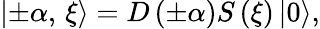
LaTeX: \left|\pm\alpha,\, \xi\right\rangle=D\left(\pm\alpha\right)S\left(\xi\right)\left|0\right\rangle,